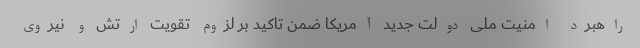
راهبرد امنیت ملی دولت جدید آمریکا ضمن تاکید بر لزوم تقویت ارتش و نیروی